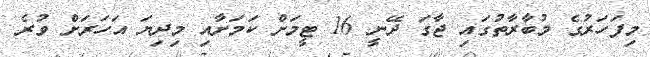
މިފަހަރުގެ މުބާރާތުގައި ޖާގަ ދޭނީ 16 ޓީމަށް ކަމަށާއި މިދިޔަ އަހަރަށް ވުރެ